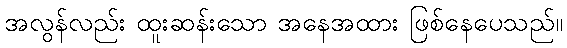
အလွန်လည်း ထူးဆန်းသော အနေအထား ဖြစ်နေပေသည်။